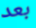
بعد